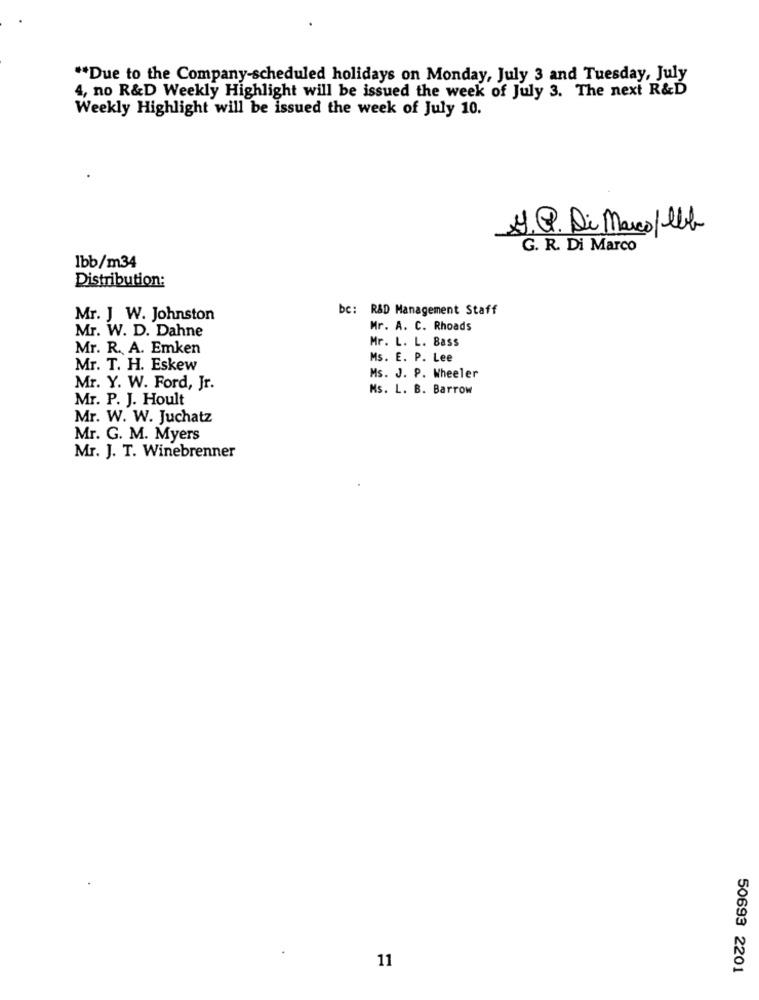
** Due to the Company-scheduled holidays on Monday, July 3 and Tuesday, July
4, no R&D Weekly Highlight will be issued the week of July 3. The next R&D
Weekly Highlight will be issued the week of July 10.
J.P. Di Marco/lbb
G. R. Di Marco
1bb/m34
Distribution:
bc: R&D Management Staff
Mr. J W. Johnston
Mr. W. D. Dahne
Mr. A. C. Rhoads
Mr. L. L. Bass
Mr. R. A. Emken
Ms. E. P. Lee
Mr. T. H. Eskew
Ms. J. P. Wheeler
Mr. Y. W. Ford, Jr.
Ms. L. B. Barrow
Mr. P. J. Hoult
Mr. W. W. Juchatz
Mr. G. M. Myers
Mr. J. T. Winebrenner
11
50693 2201